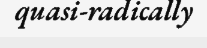
quasi-radically